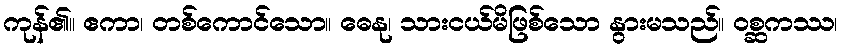
ကုန်၏။ ဧကာ၊ တစ်ကောင်သော။ ဓေနု၊ သားငယ်မိဖြစ်သော နွားမသည်။ ဝစ္ဆကဿ၊